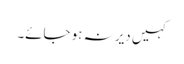
کہیں دیر نہ ہو جائے۔